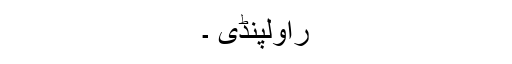
راولپنڈی ۔